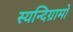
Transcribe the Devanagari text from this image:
स्यन्दिग्रामो